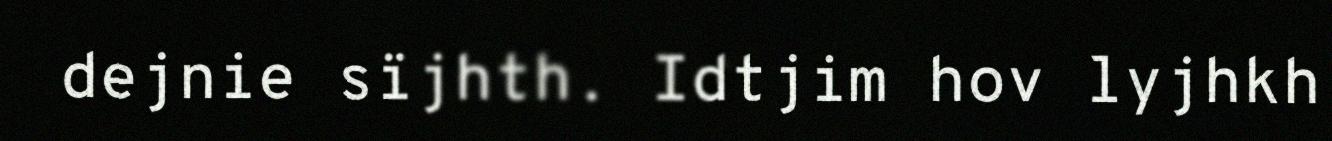
dejnie sïjhth. Idtjim hov lyjhkh